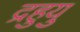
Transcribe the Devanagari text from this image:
द्रहुयु